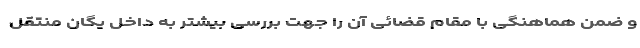
و ضمن هماهنگی با مقام قضائی آن را جهت بررسی بیشتر به داخل یگان منتقل